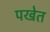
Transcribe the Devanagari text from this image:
पखेत